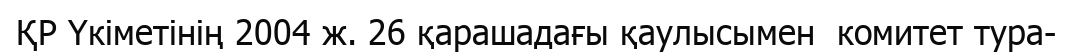
ҚР Үкіметінің 2004 ж. 26 қарашадағы қаулысымен  комитет тура-